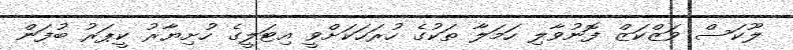
ލޫކަސް ވަޒްކަޒް ފޮނުވާލި ހަމަލާ ތަކުގެ ހުރަހަކަށްވީ އިޓަލީގެ ހުށިޔާރު ކީޕަރު ބުފަން